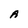
Character: A